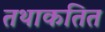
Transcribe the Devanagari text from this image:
तथाकतित